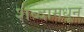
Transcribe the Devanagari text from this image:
शब्दामधून